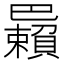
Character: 𢁑